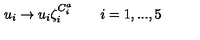
u _ { i } \rightarrow u _ { i } \zeta _ { i } ^ { C _ { i } ^ { a } } \qquad i = 1 , . . . , 5